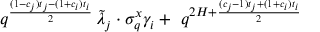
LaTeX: q ^ { \frac { ( 1 - c _ { j } ) t _ { j } - ( 1 + c _ { i } ) t _ { i } } { 2 } } \, \tilde { \lambda } _ { j } \cdot \sigma _ { q } ^ { x } \gamma _ { i } + \, \, q ^ { 2 H + \frac { ( c _ { j } - 1 ) t _ { j } + ( 1 + c _ { i } ) t _ { i } } { 2 } } \,